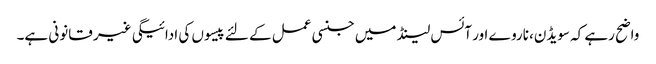
واضح رہے کہ سویڈن، ناروے اور آئس لینڈ میں جنسی عمل کے لئے پیسوں کی ادائیگی غیر قانونی ہے۔